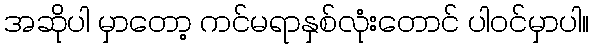
အဆိုပါ မှာတော့ ကင်မရာနှစ်လုံးတောင် ပါဝင်မှာပါ။